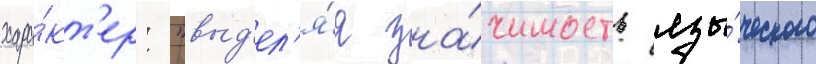
хара́кт'ер: "выд'ел'я́я зна́чимость язы́ческого